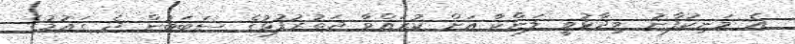
އެ މަނިކުފާނު ވިދާޅުވީ ލަންކާ އަށް ކުރައްވާ ދަތުރުފުޅުގެ ސަބަބުން ދެ ގައުމުގެ